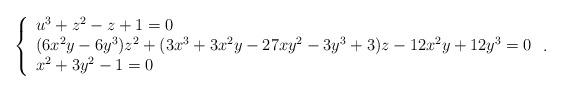
LaTeX: \begin{align*}\left\{\begin{array}{l}u^3+z^2-z+1=0\\(6 x^2 y - 6 y^3)z^2+(3 x^3 + 3x^2y - 27 xy^2 - 3y^3 + 3)z -12 x^2y + 12 y^3=0\\x^2 + 3 y^2 - 1=0\\\end{array}\right..\end{align*}